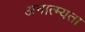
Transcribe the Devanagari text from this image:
अनात्म्यता